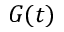
G ( t )